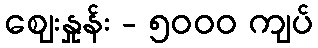
စျေးနှုန်း - ၅၀၀၀ ကျပ်